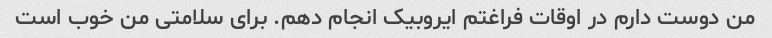
من دوست دارم در اوقات فراغتم ایروبیک انجام دهم. برای سلامتی من خوب است